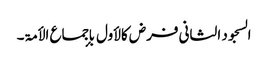
السجود الثانی فرض کالأول بإجماع الأمۃ۔